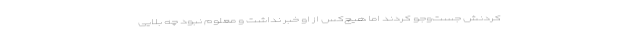
کردنش جست‌وجو کردند اما هیچ‌کس از او خبر نداشت و معلوم نبود چه بلایی